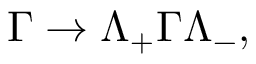
\Gamma \to \Lambda _ { + } \Gamma \Lambda _ { - } ^ { } ,